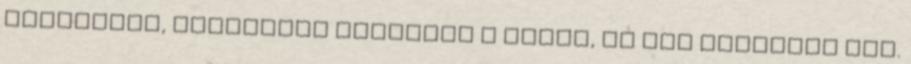
homlokkal, lemondóan ingattam a fejem, de nem lepődtem meg.